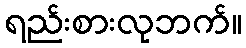
ရည်းစားလုဘက်။